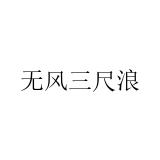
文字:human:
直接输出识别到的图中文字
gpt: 无风三尺浪